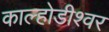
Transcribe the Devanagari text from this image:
काल्होडीश्वर